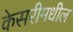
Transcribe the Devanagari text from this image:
केसरीमधील